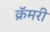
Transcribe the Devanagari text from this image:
क्रॅमरी